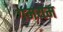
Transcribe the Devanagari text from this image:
गमयम